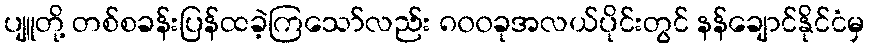
ပျူတို့ တစ်စခန်းပြန်ထခဲ့ကြသော်လည်း ၈၀၀ခုအလယ်ပိုင်းတွင် နန်ချောင်နိုင်ငံမှ